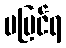
မမြင်ရ